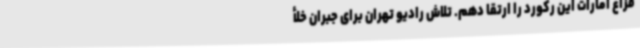
فزاغ امارات این رکورد را ارتقا دهم. تلاش رادیو تهران برای جبران خلأ